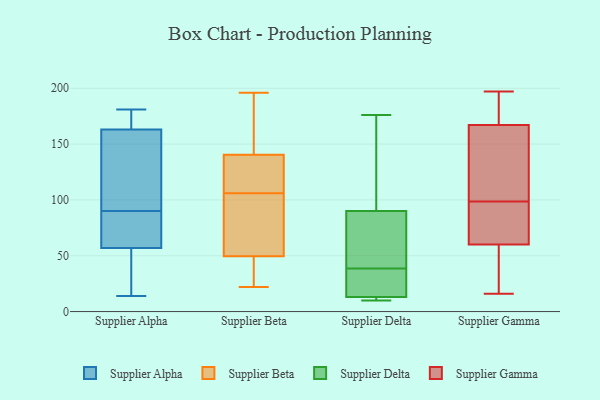
{"axis": {"x": "Active Users", "y": "Value"}, "legend": ["Supplier Alpha", "Supplier Beta", "Supplier Delta", "Supplier Gamma"], "data": [{"x": "", "y": 14, "type": "Supplier Alpha"}, {"x": "", "y": 156, "type": "Supplier Alpha"}, {"x": "", "y": 181, "type": "Supplier Alpha"}, {"x": "", "y": 22, "type": "Supplier Alpha"}, {"x": "", "y": 172, "type": "Supplier Alpha"}, {"x": "", "y": 71, "type": "Supplier Alpha"}, {"x": "", "y": 173, "type": "Supplier Alpha"}, {"x": "", "y": 65, "type": "Supplier Alpha"}, {"x": "", "y": 57, "type": "Supplier Alpha"}, {"x": "", "y": 64, "type": "Supplier Alpha"}, {"x": "", "y": 163, "type": "Supplier Alpha"}, {"x": "", "y": 31, "type": "Supplier Alpha"}, {"x": "", "y": 127, "type": "Supplier Alpha"}, {"x": "", "y": 109, "type": "Supplier Alpha"}, {"x": "", "y": 94, "type": "Supplier Beta"}, {"x": "", "y": 22, "type": "Supplier Beta"}, {"x": "", "y": 139, "type": "Supplier Beta"}, {"x": "", "y": 23, "type": "Supplier Beta"}, {"x": "", "y": 101, "type": "Supplier Beta"}, {"x": "", "y": 67, "type": "Supplier Beta"}, {"x": "", "y": 196, "type": "Supplier Beta"}, {"x": "", "y": 160, "type": "Supplier Beta"}, {"x": "", "y": 127, "type": "Supplier Beta"}, {"x": "", "y": 33, "type": "Supplier Beta"}, {"x": "", "y": 66, "type": "Supplier Beta"}, {"x": "", "y": 163, "type": "Supplier Beta"}, {"x": "", "y": 111, "type": "Supplier Beta"}, {"x": "", "y": 32, "type": "Supplier Beta"}, {"x": "", "y": 142, "type": "Supplier Beta"}, {"x": "", "y": 124, "type": "Supplier Beta"}, {"x": "", "y": 175, "type": "Supplier Delta"}, {"x": "", "y": 46, "type": "Supplier Delta"}, {"x": "", "y": 27, "type": "Supplier Delta"}, {"x": "", "y": 31, "type": "Supplier Delta"}, {"x": "", "y": 13, "type": "Supplier Delta"}, {"x": "", "y": 85, "type": "Supplier Delta"}, {"x": "", "y": 90, "type": "Supplier Delta"}, {"x": "", "y": 13, "type": "Supplier Delta"}, {"x": "", "y": 176, "type": "Supplier Delta"}, {"x": "", "y": 10, "type": "Supplier Delta"}, {"x": "", "y": 173, "type": "Supplier Gamma"}, {"x": "", "y": 167, "type": "Supplier Gamma"}, {"x": "", "y": 77, "type": "Supplier Gamma"}, {"x": "", "y": 187, "type": "Supplier Gamma"}, {"x": "", "y": 16, "type": "Supplier Gamma"}, {"x": "", "y": 56, "type": "Supplier Gamma"}, {"x": "", "y": 153, "type": "Supplier Gamma"}, {"x": "", "y": 85, "type": "Supplier Gamma"}, {"x": "", "y": 102, "type": "Supplier Gamma"}, {"x": "", "y": 197, "type": "Supplier Gamma"}, {"x": "", "y": 164, "type": "Supplier Gamma"}, {"x": "", "y": 95, "type": "Supplier Gamma"}, {"x": "", "y": 38, "type": "Supplier Gamma"}, {"x": "", "y": 51, "type": "Supplier Gamma"}, {"x": "", "y": 64, "type": "Supplier Gamma"}, {"x": "", "y": 104, "type": "Supplier Gamma"}, {"x": "", "y": 167, "type": "Supplier Gamma"}, {"x": "", "y": 71, "type": "Supplier Gamma"}, {"x": "", "y": 33, "type": "Supplier Gamma"}, {"x": "", "y": 178, "type": "Supplier Gamma"}]}